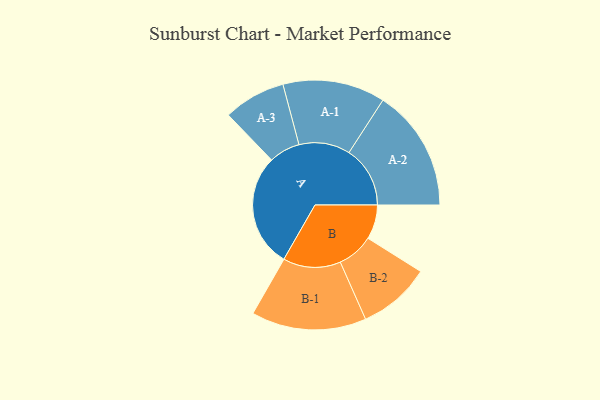
{"axis": {"x": "Segment", "y": "Value"}, "legend": ["", "A", "B"], "data": [{"x": "A", "y": 413, "type": ""}, {"x": "B", "y": 125, "type": ""}, {"x": "A-1", "y": 186, "type": "A"}, {"x": "A-2", "y": 222, "type": "A"}, {"x": "A-3", "y": 113, "type": "A"}, {"x": "B-1", "y": 209, "type": "B"}, {"x": "B-2", "y": 132, "type": "B"}]}